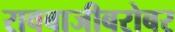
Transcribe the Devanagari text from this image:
रावबाजीबरोबर